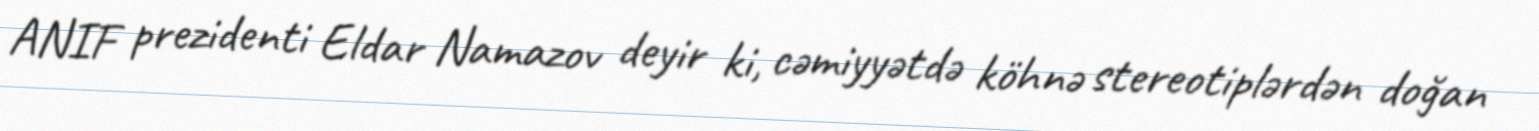
ANIF prezidenti Eldar Namazov deyir ki, cəmiyyətdə köhnə stereotiplərdən doğan